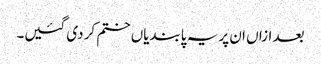
بعد ازاں ان پر یہ پابندیاں ختم کر دی گئیں۔